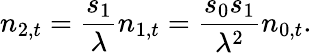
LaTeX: n_{2,t}={\frac{s_{1}}{\lambda}}n_{1,t}={\frac{s_{0}s_{1}}{\lambda^{2}}}n_{0,t}.